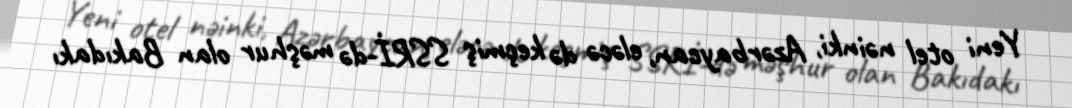
Yeni otel nəinki, Azərbaycan, eləcə də keçmiş SSRİ-də məşhur olan Bakıdakı